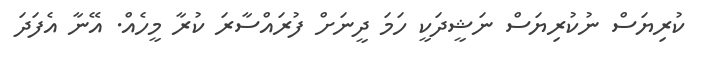
ކުރިޔަސް ނުކުރިޔަސް ނަޝީދަކީ ހަމަ ދީނަށް ފުރައްސާރަ ކުރާ މީހެއް. އޭނާ އެފަދަ